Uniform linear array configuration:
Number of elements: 64
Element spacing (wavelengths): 0.25
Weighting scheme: binomial
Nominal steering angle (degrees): -15
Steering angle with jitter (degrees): -13.977
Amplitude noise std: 0.05
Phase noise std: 0.05

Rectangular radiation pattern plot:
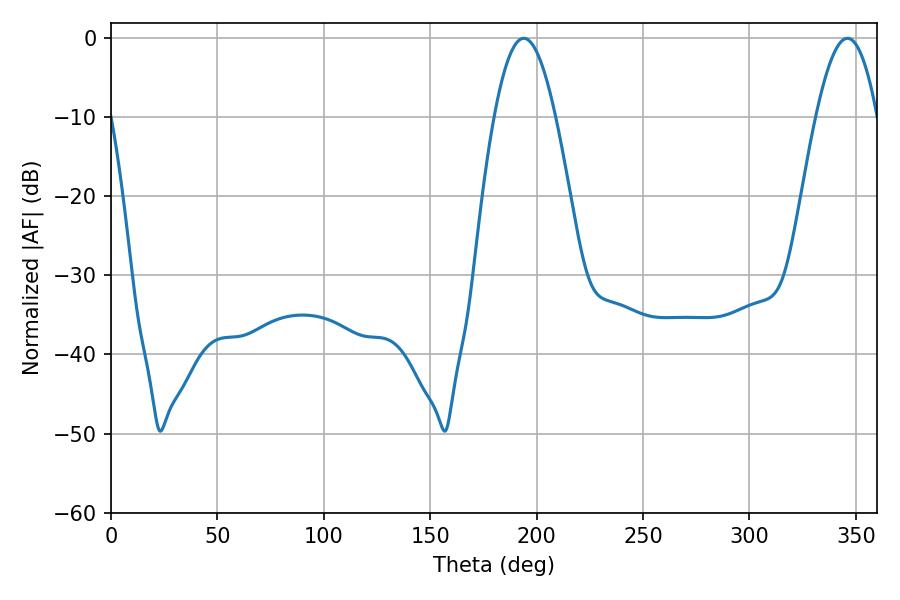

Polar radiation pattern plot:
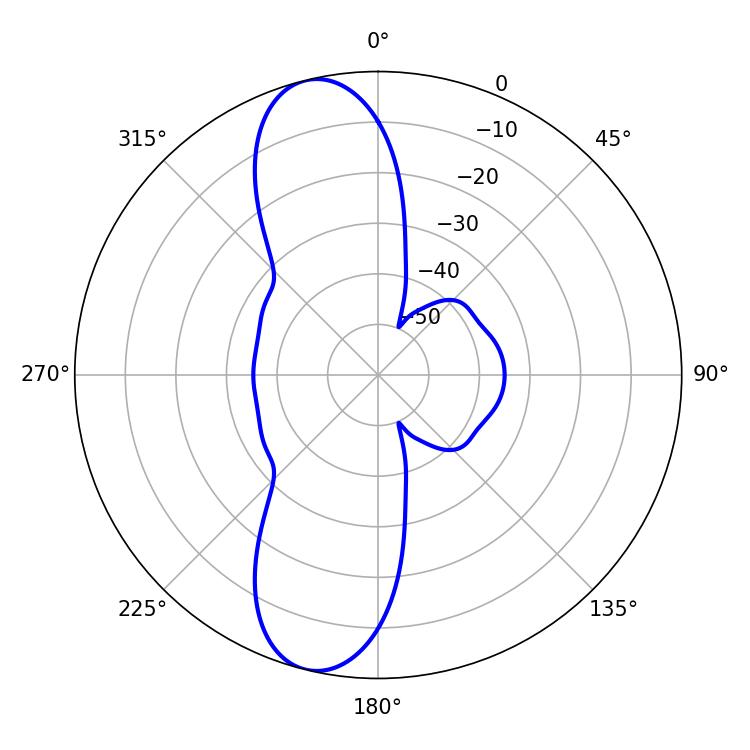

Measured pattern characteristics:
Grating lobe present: FALSE
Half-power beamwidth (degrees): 15.66
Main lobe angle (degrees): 194.04